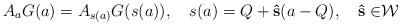
LaTeX: \begin{align*}A_aG(a)=A_{s(a)}G(s(a)),\quad s(a)=Q+{\bf \hat{s}}(a-Q),\quad {\bf \hat{s}\in }{\cal W} \end{align*}